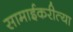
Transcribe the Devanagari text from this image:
सामाईकरीत्या